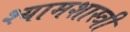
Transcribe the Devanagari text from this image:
श्यामशास्त्री